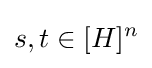
s,t\in [H]^{n}